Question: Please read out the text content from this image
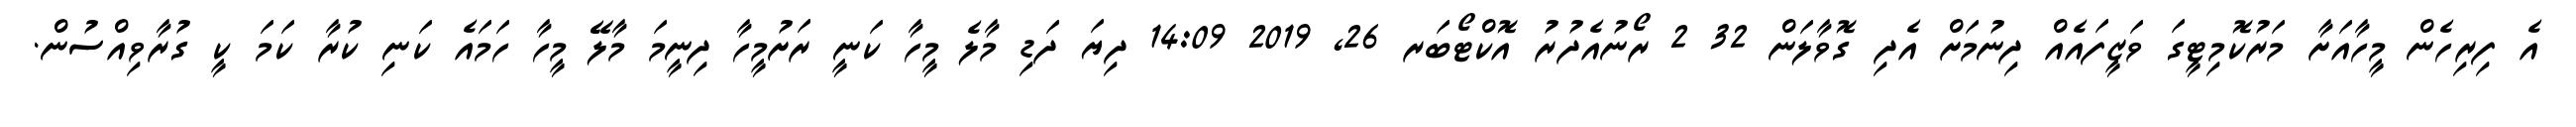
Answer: އެ ފިރިހެން މީހާއަށާ މަރުކޮމިޓީގަ ވަޒީފައެއް ދިނުމަށް އެދި ގޮވާލަން 32 2 ރޯނުއެދުރު އޮކްޓޯބަރ 26, 2019 14:09 ދިޔަ ދަޑި މާލެ މީހާ ކަނީ ރަށުމީހާ ދިނީމަ މާލޭ މީހާ ހަމައެ ކަނި ކުރާ ކަމަ ކީ ގުރާވިއްސުން.